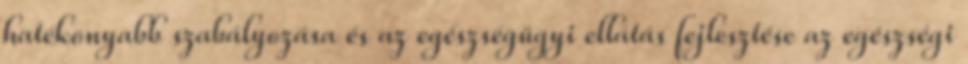
hatékonyabb szabályozása és az egészségügyi ellátás fejlesztése az egészségi